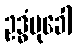
ဥဒ္ဓံမုခေါ